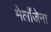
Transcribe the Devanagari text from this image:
मेलाँजेना